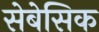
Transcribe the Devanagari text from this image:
सेबेसिक